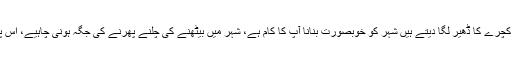
ان کا کہنا تھا کہ لوگ بڑے بڑے بنگلوں میں رہتے ہیں انہیں احساس نہیں ہے، اپنے بنگلوں کے سامنے کچرے کا ڈھیر لگا دیتے ہیں شہر کو خوبصورت بنانا آپ کا کام ہے، شہر میں بیٹھنے کی چلنے پھرنے کی جگہ ہونی چاہیے، اس پر چیئرمین سی ڈی اے نے چیف جسٹس سے استدعا کیا کہ ‘کینال بنانے کے لیے 3 ماہ کا وقت دے دیں۔